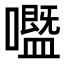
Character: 𡄊